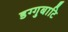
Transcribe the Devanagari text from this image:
डग्गुबाटि